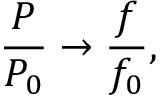
\frac { P } { P _ { 0 } } \rightarrow \frac { f } { f _ { 0 } } ,